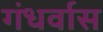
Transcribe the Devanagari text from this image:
गंधर्वास